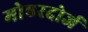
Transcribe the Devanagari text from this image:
मोएरदोर्ज